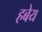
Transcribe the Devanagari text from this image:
हबेय